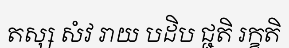
តស្ស សំវ រាយ បដិប ជ្ជតិ រក្ខតិ